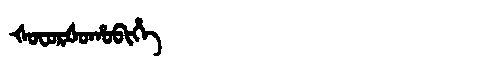
Manchu: ᡧᠣᠸᠣᡵᡧᠣᡥᠣᠪᡳᡥᡝ
Romanization: ŠOFORŠOHOBIHE